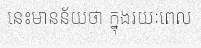
នេះមានន័យថា ក្នុងរយៈពេល